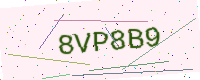
Text: 8VP8B9